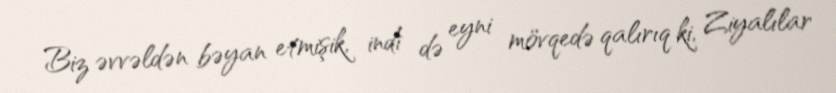
Biz əvvəldən bəyan etmişik, indi də eyni mövqedə qalırıq ki, Ziyalılar